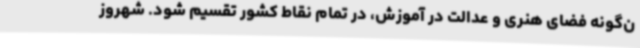
ن‌گونه فضای هنری و عدالت در آموزش، در تمام نقاط کشور تقسیم شود. شهروز